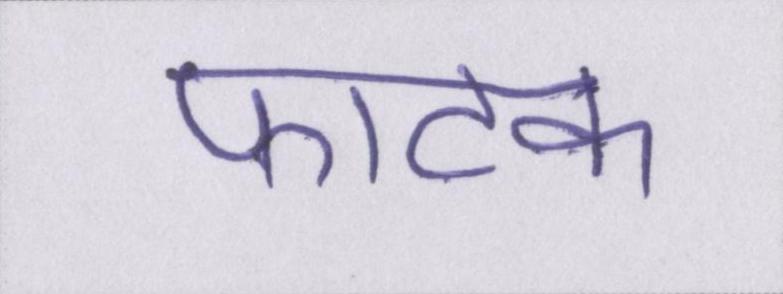
फाटक